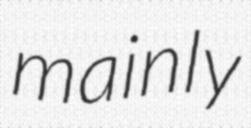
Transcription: mainly